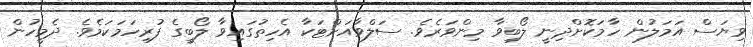
ވިޔަސް އަމަލުން ހާމަކޮށްދިނީ ލޯބިވާ މިންވަރެވެ. ސަލްވާއަށްޓަކާ އެހިތުގައިވާ ލޯބީގެ ފުރިހަމަކަމެވެ. ދެމީހުން